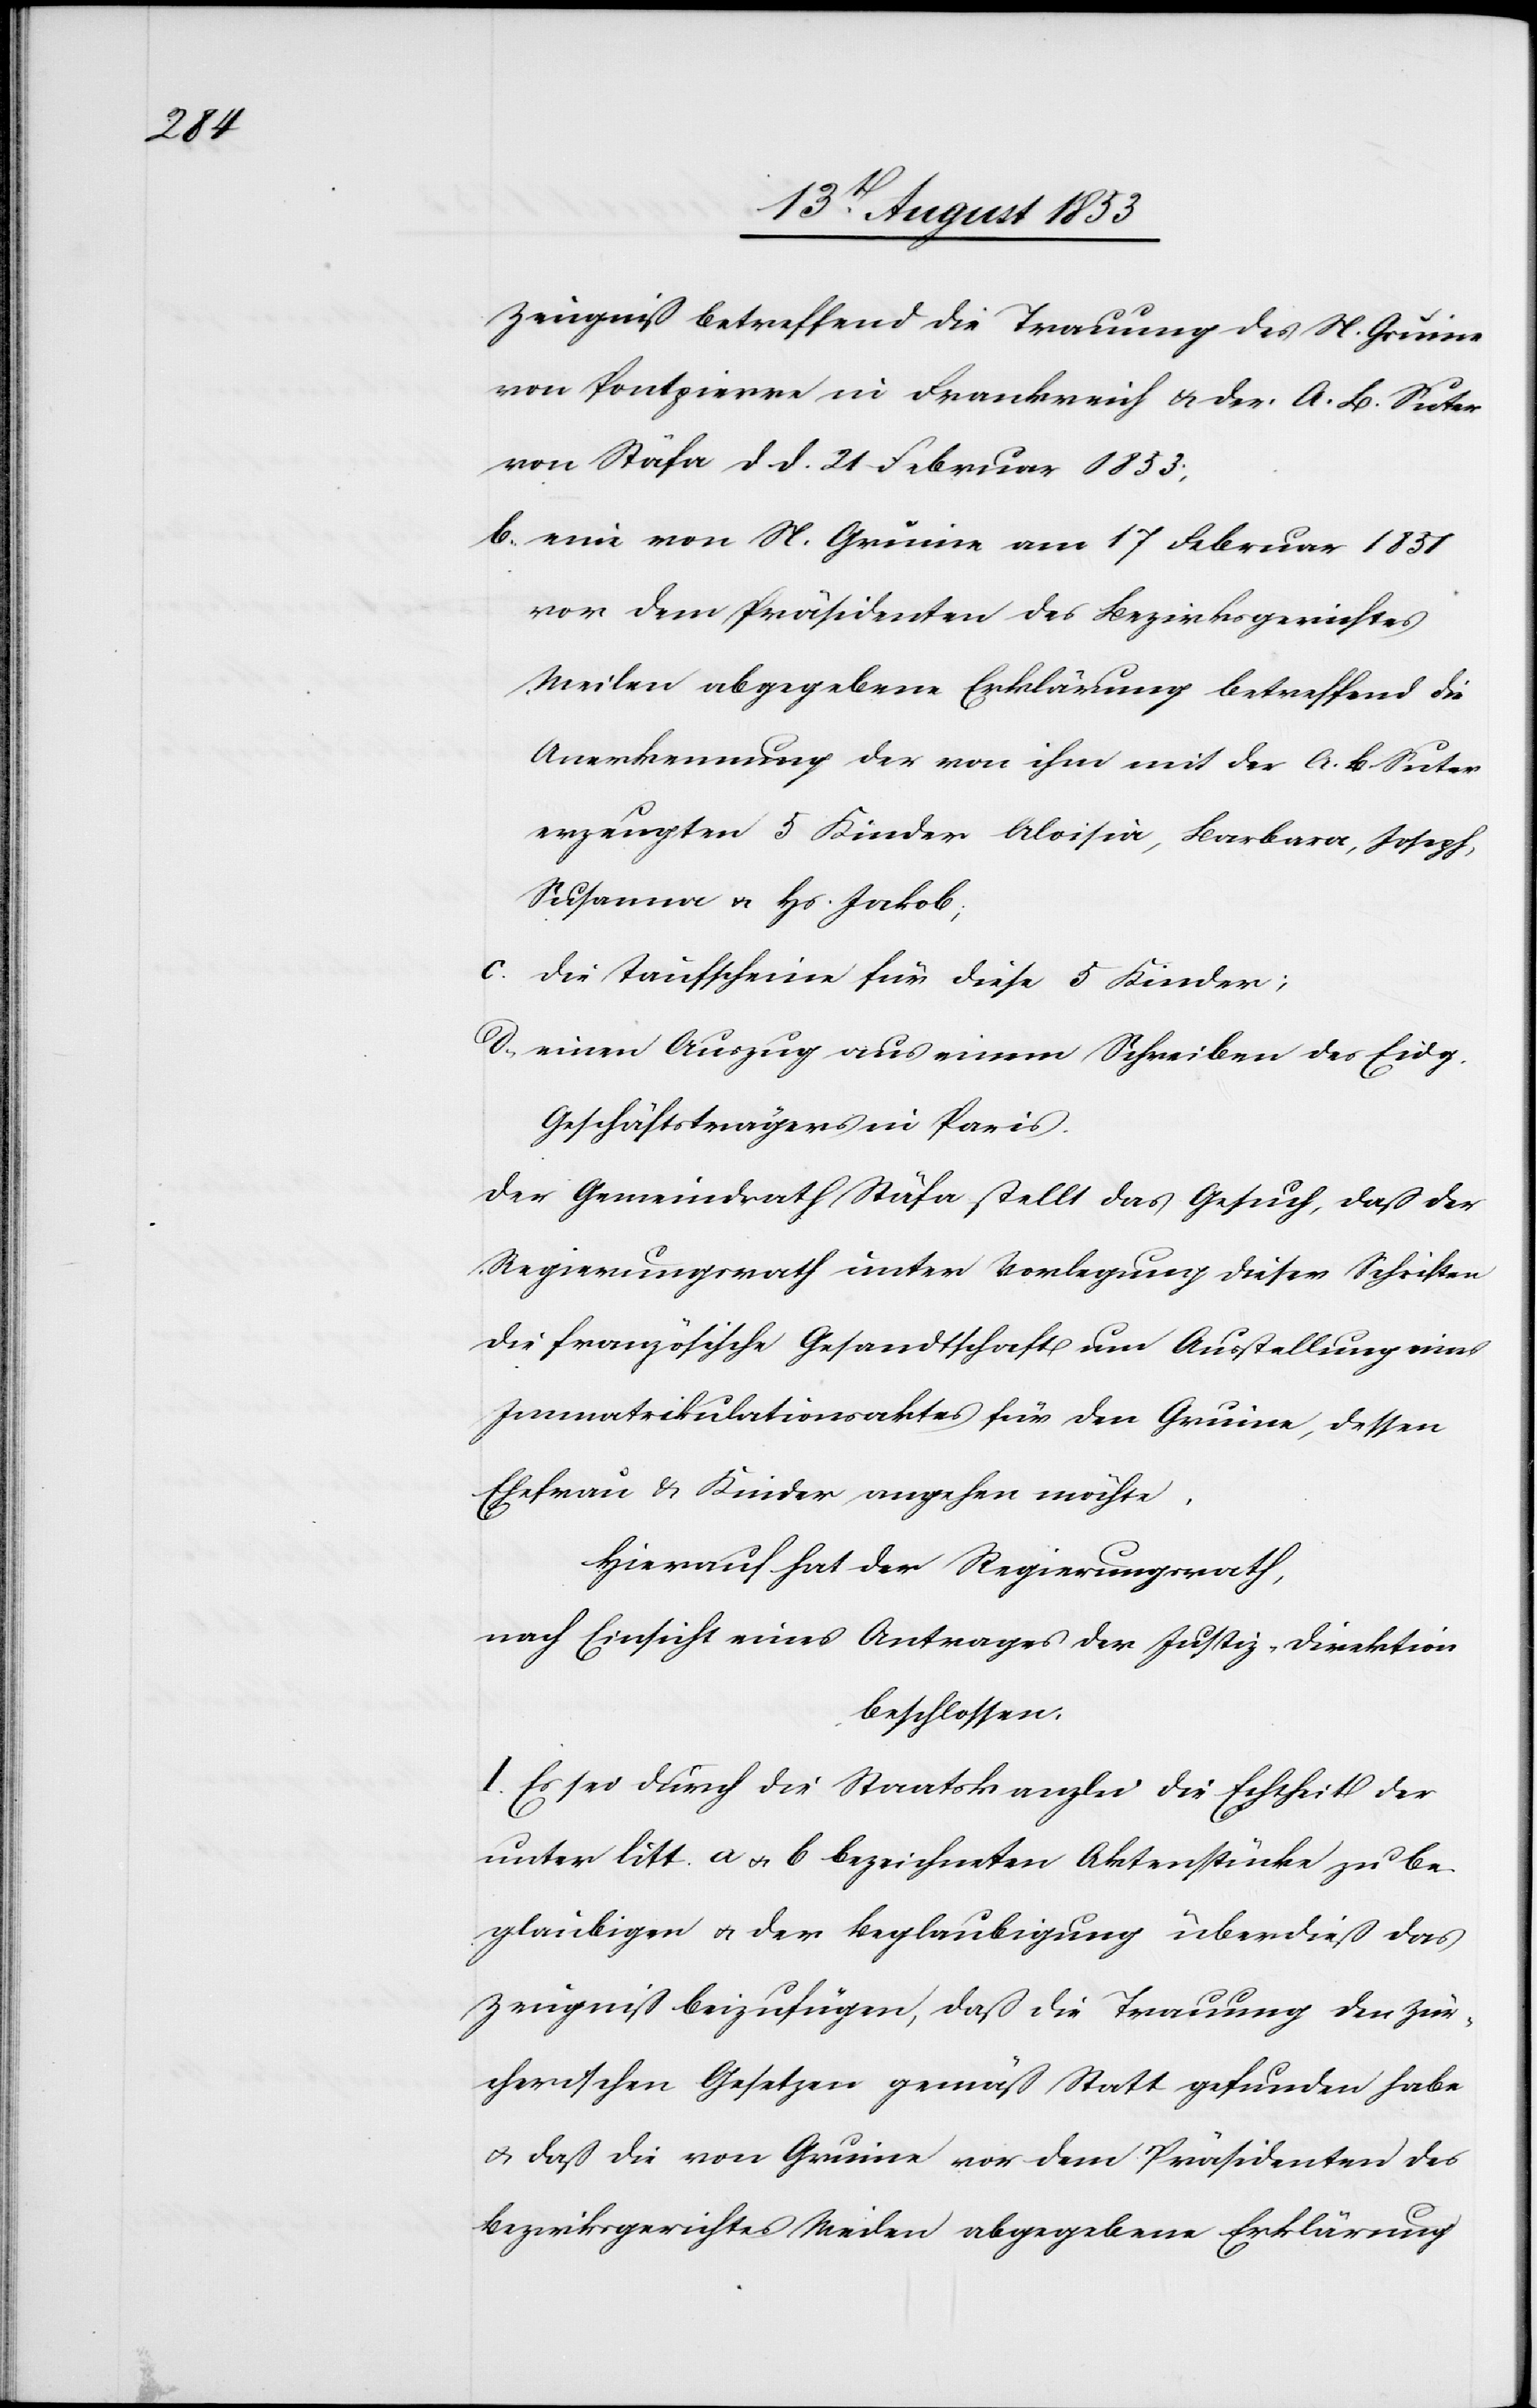
Zeugniß betreffend die Trauung des N. Gruine
von Pontpierre in Frankreich u. der A. B. Suter
von Stäfa d. d. 21 Februar 1853;
b, eine von N. Gruine am 17 Februar 1831
vor dem Präsidenten des Bezirksgerichtes
Meilen abgegebene Erklärung betreffend die
Anerkennung der von ihm mit der A. B. Suter
erzeugten 5 Kinder Aloisia, Barbara, Joseph,
Susanna u. Hs. Jakob;
c, die Taufscheine für diese 5 Kinder;
d, einen Auszug aus einem Schreiben des Eidg.
Geschäftsträgers in Paris.
Der Gemeindrath Stäfa, stellt das Gesuch, daß der
Regierungsrath unter Verlegung dieser Schriften
die französische Gesandtschaft um Ausstellung eines
Immatrikulationsaktes für den Gruine, dessen
Ehefrau u. Kinder angehen möchte.
Hierauf hat der Regierungsrath,
nach Einsicht eines Antrages der Justiz-Direktion
beschlossen:
I. Es sei durch die Staatskanzlei die Echtheit der
unter litt. a. u. b bezeichneten Aktenstücke zu be¬
glaubigen u. der Beglaubigung überdieß das
Zeugniß beizufügen, daß die Trauung den Zür¬
cherschen Gesetzen gemäß Statt gefunden habe
u. daß die von Gruine vor dem Präsidenten des
Bezirksgerichtes Meilen abgegebene Erklärung